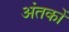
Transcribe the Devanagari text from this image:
अंतकों